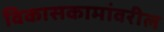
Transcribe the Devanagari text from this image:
विकासकामांवरील